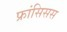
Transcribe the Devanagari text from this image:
फ्रांसिसस